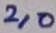
Text: 2,0